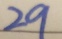
2 9